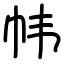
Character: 帏